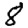
Digit: 8